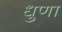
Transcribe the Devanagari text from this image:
धुणा